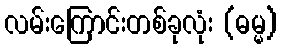
လမ်းကြောင်းတစ်ခုလုံး (ဓမ္မ)